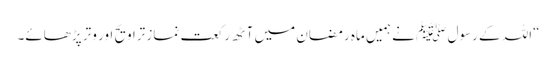
“اللہ کے رسول ﷺ نے ہمیں ماہِ رمضان میں آٹھ رکعت نمازِ تراویح اور وتر پڑھائے۔